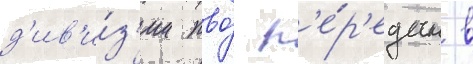
д'ив'и́з'ии пво́ п'е́р'едан в